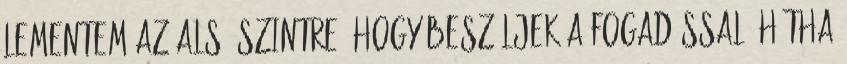
Lementem az alsó szintre, hogy beszéljek a fogadóssal, hátha